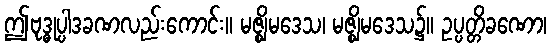
ဤဗုဒ္ဓုပ္ပါဒခဏလည်းကောင်း။ မဇ္ဈိမဒေသ၊ မဇ္ဈိမဒေသ၌။ ဥပ္ပတ္တိခဏော၊